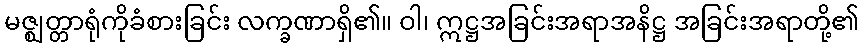
မဇ္ဈတ္တာရုံကိုခံစားခြင်း လက္ခဏာရှိ၏။ ဝါ၊ ဣဋ္ဌအခြင်းအရာအနိဋ္ဌ အခြင်းအရာတို့၏